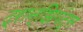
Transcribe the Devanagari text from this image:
ट्रान्झियंट्स